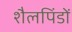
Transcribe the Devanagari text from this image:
शैलपिंडों